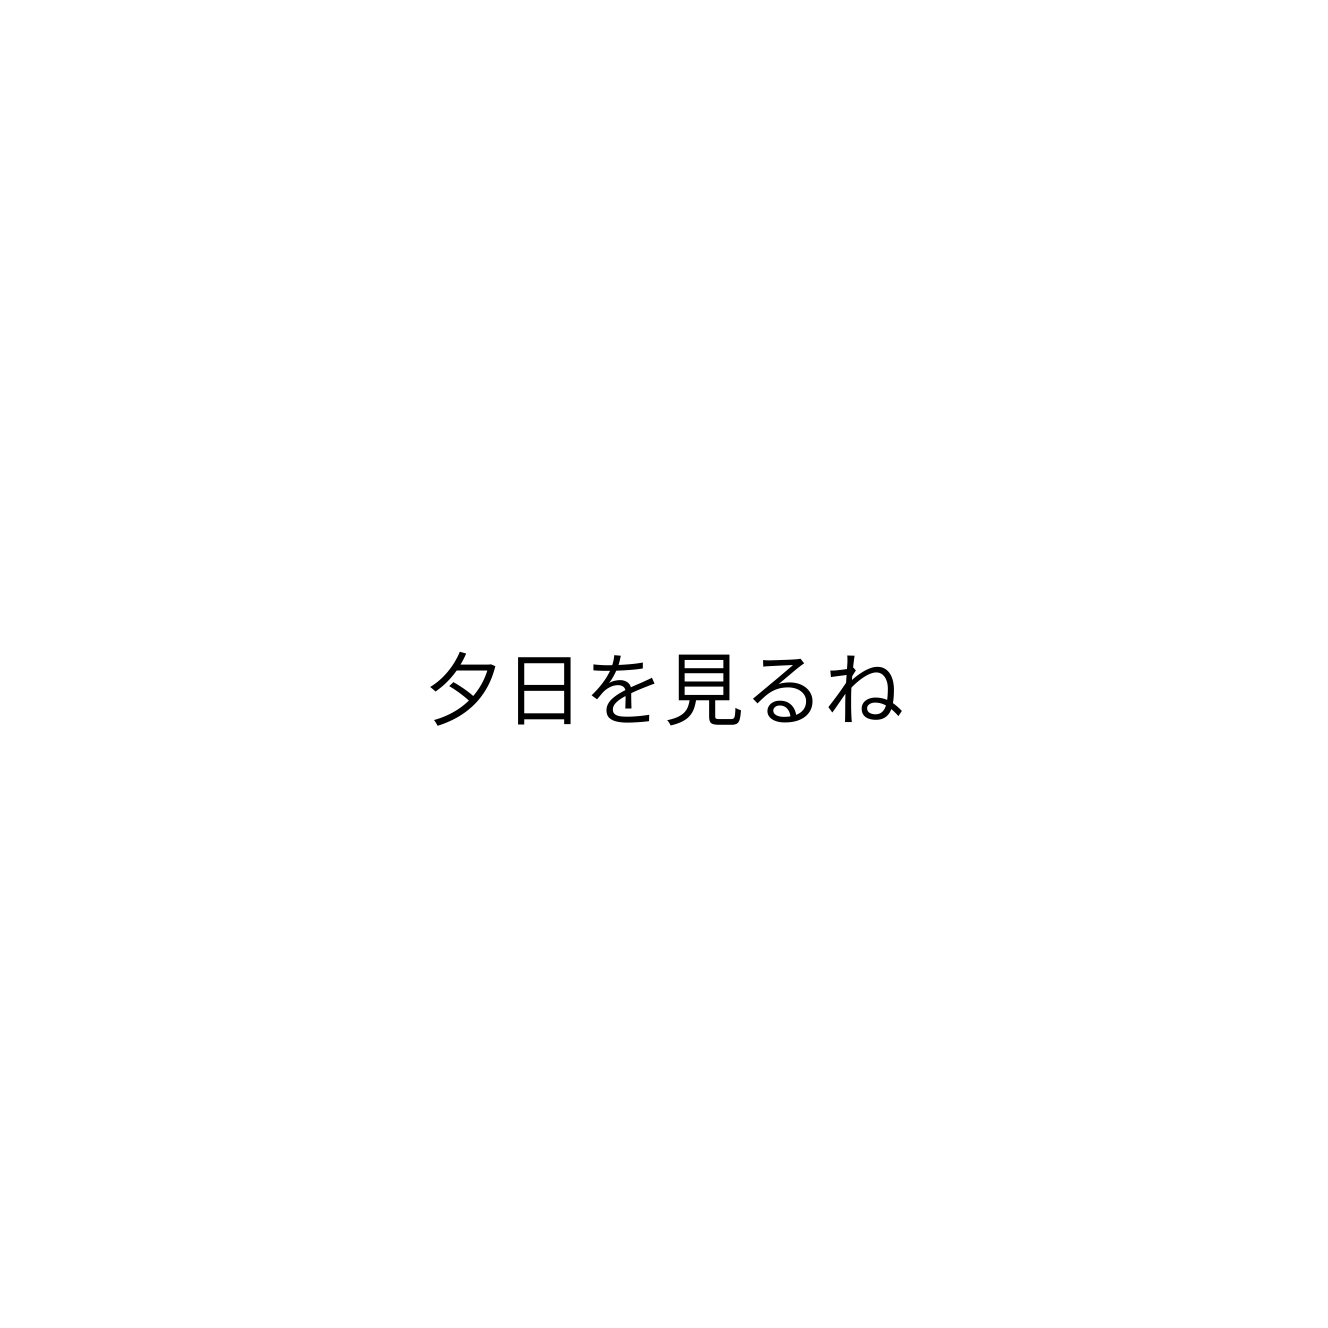
夕日を見るね